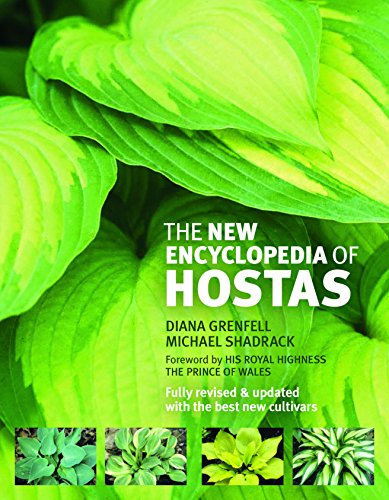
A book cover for The New Encyclopedia of Hostas; Diana Grenfell; Crafts, Hobbies & Home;